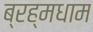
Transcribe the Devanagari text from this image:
ब्रह्मधाम